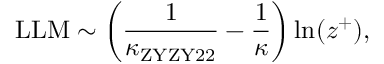
\mathrm { L L M } \sim \left( \frac { 1 } { \kappa _ { \mathrm { Z Y Z Y 2 2 } } } - \frac { 1 } { \kappa } \right) \ln ( z ^ { + } ) ,